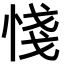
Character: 㥇